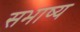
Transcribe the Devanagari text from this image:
सभाष्य